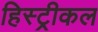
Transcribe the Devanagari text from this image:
हिस्ट्रीकल